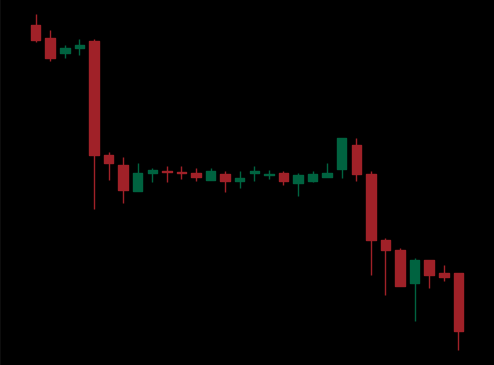
Pattern: unclassified